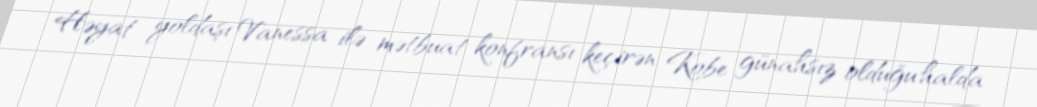
Həyat yoldaşı Vanessa ilə mətbuat konfransı keçirən Kobe günahsız olduğu halda